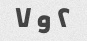
۲ و ۷